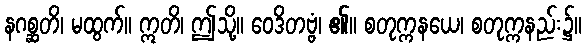
နဂစ္ဆတိ၊ မထွက်။ ဣတိ၊ ဤသို့။ ဝေဒိတဗ္ဗံ၊ ၏။ စတုက္ကနယေ၊ စတုက္ကနည်း၌။